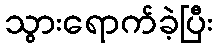
သွားရောက်ခဲ့ပြီး